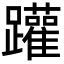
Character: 䠰